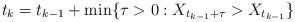
\begin{align*}t_k=t_{k-1}+\min\{\tau>0:X_{t_{k-1}+\tau}>X_{t_{k-1}}\}\end{align*}